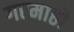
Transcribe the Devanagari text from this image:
गरमाष्ठो